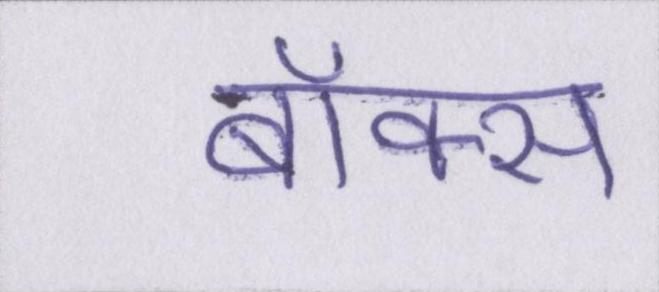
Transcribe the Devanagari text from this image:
बॉक्स